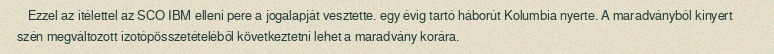
Ezzel az ítélettel az SCO IBM elleni pere a jogalapját vesztette. egy évig tartó háborút Kolumbia nyerte. A maradványból kinyert szén megváltozott izotópösszetételéből következtetni lehet a maradvány korára.